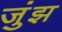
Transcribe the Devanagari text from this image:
जुंझ